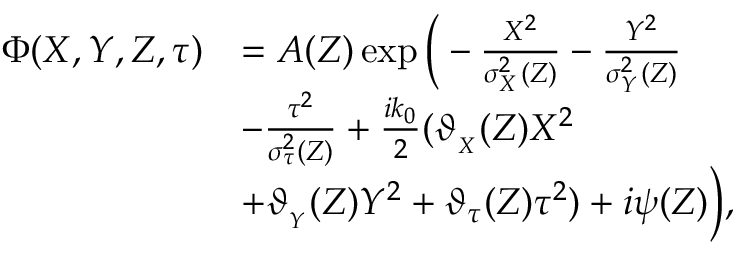
\begin{array} { r l } { \Phi ( X , Y , Z , \tau ) } & { = A ( Z ) \exp \Big ( - \frac { X ^ { 2 } } { \sigma _ { _ X } ^ { 2 } ( Z ) } - \frac { Y ^ { 2 } } { \sigma _ { _ Y } ^ { 2 } ( Z ) } } \\ & { - \frac { \tau ^ { 2 } } { \sigma _ { \tau } ^ { 2 } ( Z ) } + \frac { i k _ { 0 } } { 2 } ( \vartheta _ { _ { X } } ( Z ) X ^ { 2 } } \\ & { + \vartheta _ { _ { Y } } ( Z ) Y ^ { 2 } + \vartheta _ { \tau } ( Z ) \tau ^ { 2 } ) + i \psi ( Z ) \Big ) , } \end{array}